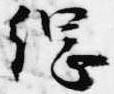
綱